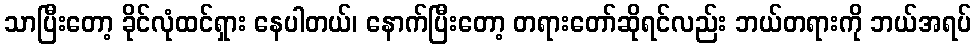
သာပြီးတော့ ခိုင်လုံထင်ရှား နေပါတယ်၊ နောက်ပြီးတော့ တရားတော်ဆိုရင်လည်း ဘယ်တရားကို ဘယ်အရပ်